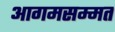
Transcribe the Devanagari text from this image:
आगमसम्मत